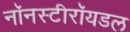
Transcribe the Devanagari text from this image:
नॉनस्टीरॉयडल